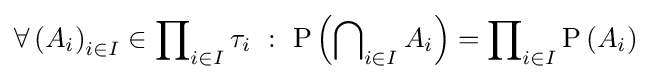
\forall \left(A_{i}\right)_{i\in I}\in \prod \nolimits _{i\in I}\tau _{i}\ :\ \mathrm {P} \left(\bigcap \nolimits _{i\in I}A_{i}\right)=\prod \nolimits _{i\in I}\mathrm {P} \left(A_{i}\right)